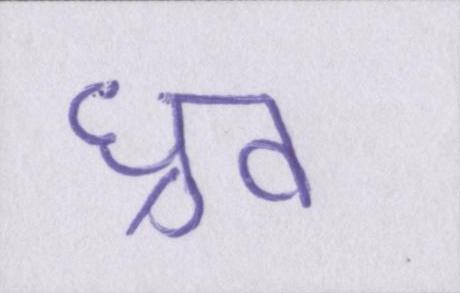
ध्रुव